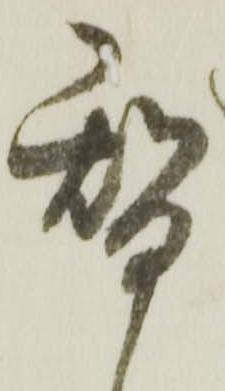
替